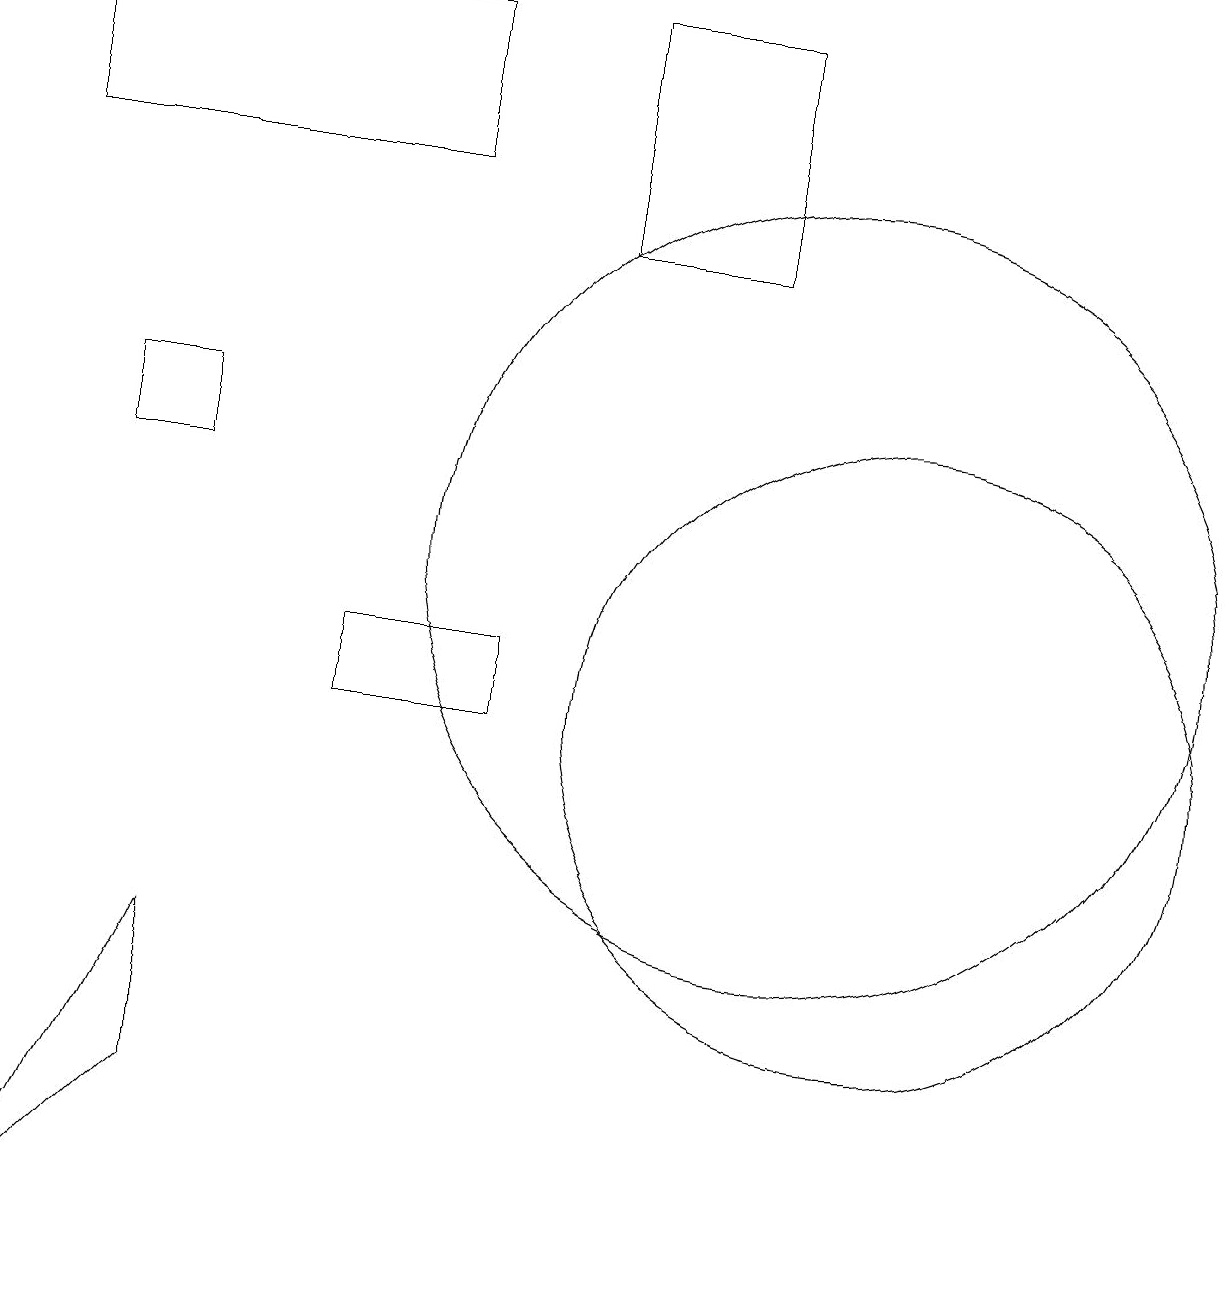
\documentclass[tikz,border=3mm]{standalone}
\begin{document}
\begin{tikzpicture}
\draw (6,11) rectangle (4,10);
\draw (11,10) circle (4);
\draw (1,13) rectangle (2,14);
\draw (5,19) rectangle (0,17);
\draw (7,19) rectangle (9,16);
\draw (10,12) circle (5);
\draw (2,7) -- (2,5) -- (0,3) -- cycle;
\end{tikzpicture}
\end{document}